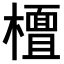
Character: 𣞀